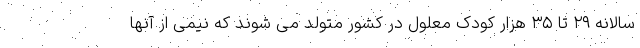
سالانه ٢٩ تا ٣۵ هزار کودک معلول در کشور متولد می شوند که نیمی از آنها